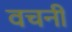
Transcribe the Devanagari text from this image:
वचनीं